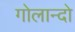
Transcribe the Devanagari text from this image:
गोलान्दो